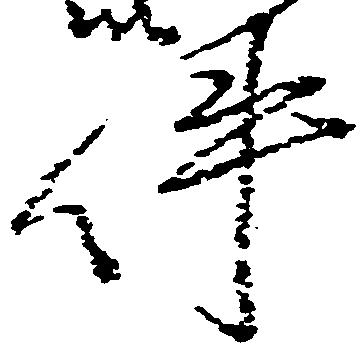
件